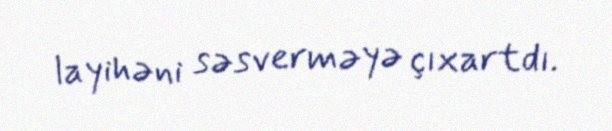
layihəni səsverməyə çıxartdı.